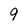
Character: 9